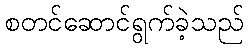
စတင်ဆောင်ရွက်ခဲ့သည်